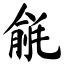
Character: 毹